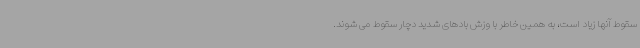
سقوط آنها زیاد است، به همین خاطر با وزش بادهای شدید دچار سقوط می شوند.